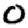
Digit: 0